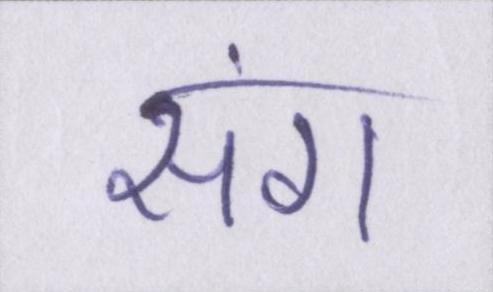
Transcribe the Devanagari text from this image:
संग